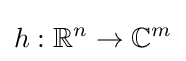
h:\mathbb {R} ^{n}\to \mathbb {C} ^{m}